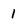
Character: 1